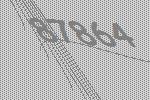
87864